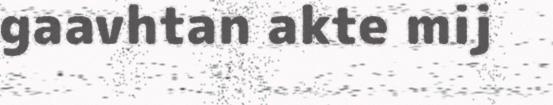
gaavhtan akte mij